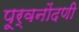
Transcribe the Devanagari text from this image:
पूर्वनोंदणी